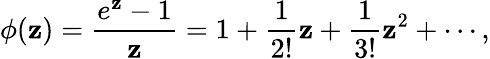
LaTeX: \phi(\mathbf{z})={\frac{{e^{\mathbf{z}}-1}}{{\mathbf{z}}}}=1+{\frac{{1}}{{2!}}}\mathbf{z}+{\frac{{1}}{{3!}}}\mathbf{z}^{2}+\cdots,